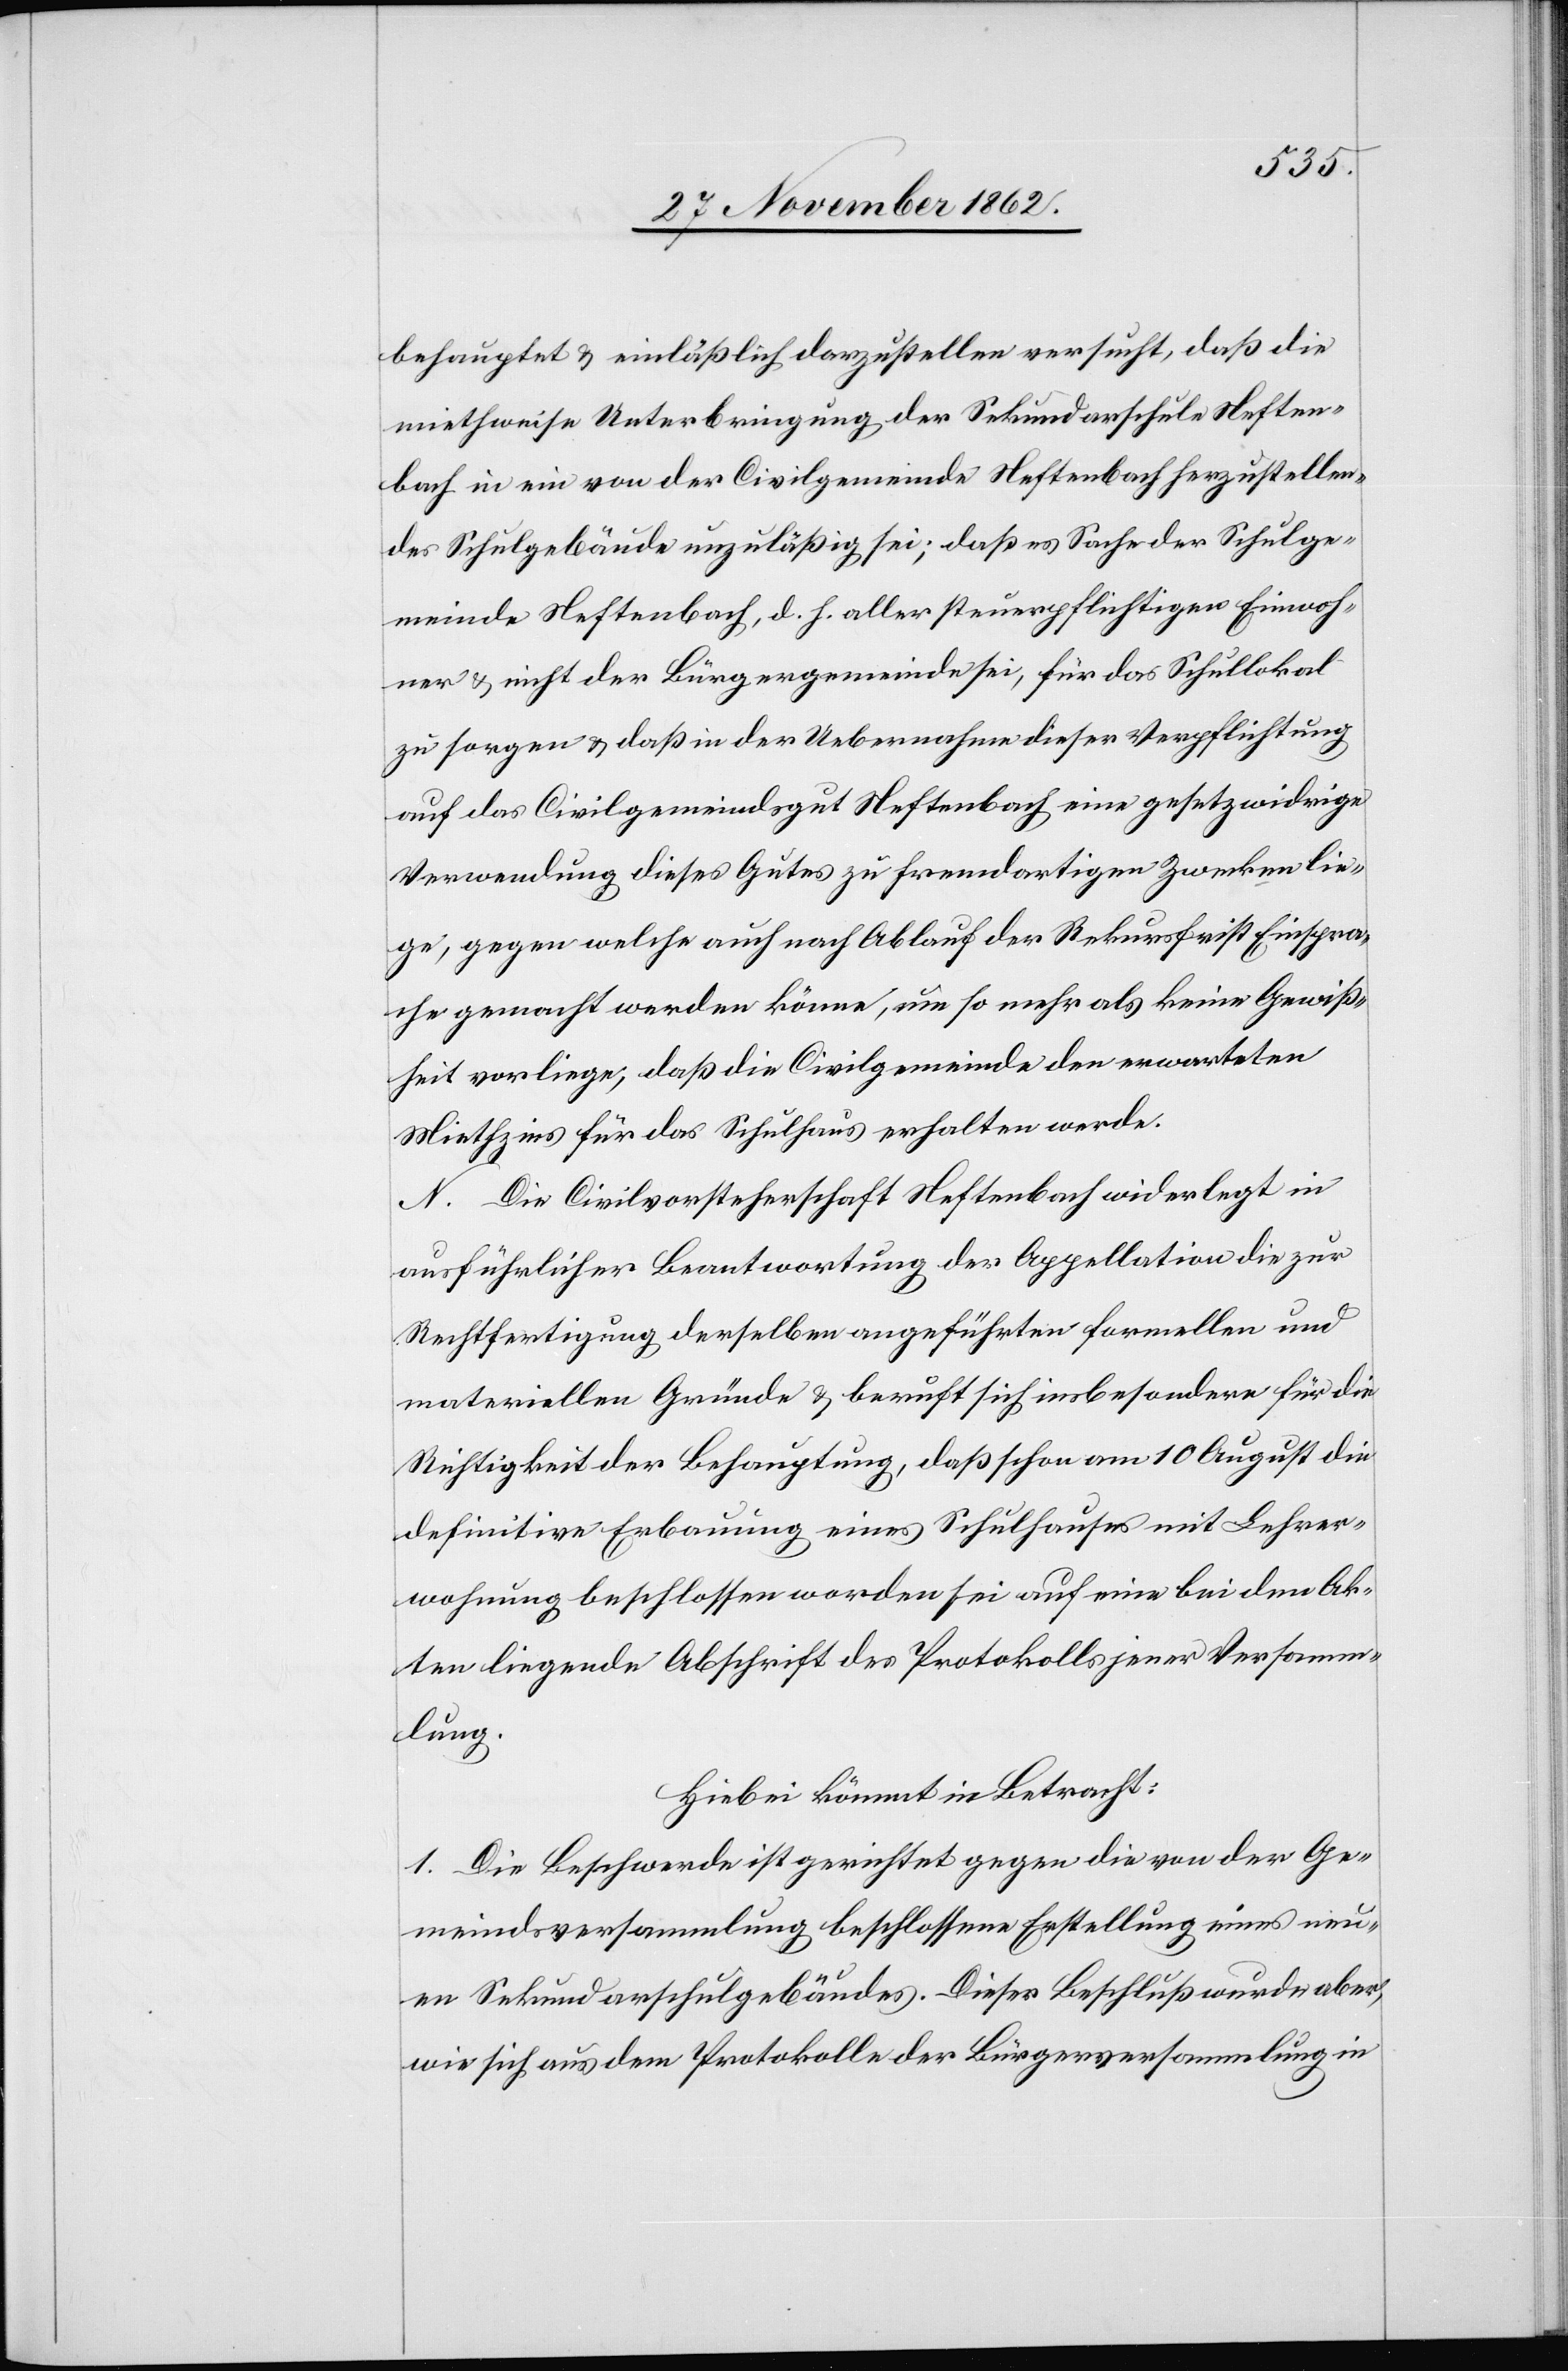
behauptet u. einläßlich darzustellen versucht, daß die
miethweise Unterbringung der Sekundarschule Neften¬
bach in ein von der Civilgemeinde Neftenbach herzustellen¬
des Schulgebäude unzuläßig sei; daß es Sache der Schulge¬
meinde Neftenbach, d. h. aller steuerpflichtigen Einwoh¬
ner u. nicht der Bürgergemeinde sei, für das Schullokal
zu sorgen u. daß in der Uebernahme dieser Verpflichtung
auf das Civilgemeindsgut Neftenbach eine gesetzwidrige
Verwendung dieses Gutes zu fremdartigen Zwecken lie¬
ge, gegen welche auch nach Ablauf der Rekursfrist Einspra¬
che gemacht werden könne, um so mehr als keine Gewiß¬
heit vorliege, daß die Civilgemeinde den erwarteten
Miethzins für das Schulhaus erhalten werde.
N. Die Civilvorsteherschaft Neftenbach widerlegt in
ausführlicher Beantwortung der Appellation die zur
Rechtfertigung derselben angeführten formellen und
materiellen Gründe u. beruft sich insbesondere für die
Richtigkeit der Behauptung, daß schon am 10 August die
definitive Erbauung eines Schulhauses mit Lehrer¬
wohnung beschlossen worden sei auf eine bei den Ak¬
ten liegende Abschrift des Protokolls jener Versamm¬
lung.
Hiebei kömmt in Betracht:
1. Die Beschwerde ist gerichtet gegen die von der Ge¬
meindsversammlung beschlossene Erstellung eines neu¬
en Sekundarschulgebäudes. Dieser Beschluß wurde aber,
wie sich aus dem Protokolle der Bürgerversammlung in